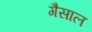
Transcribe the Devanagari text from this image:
गैसाल